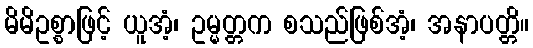
မိမိဥစ္စာဖြင့် ယူအံ့၊ ဥမ္မတ္တက စသည်ဖြစ်အံ့၊ အနာပတ္တိ။